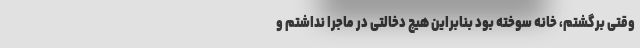
وقتی برگشتم، خانه سوخته بود بنابراین هیچ دخالتی در ماجرا نداشتم و